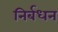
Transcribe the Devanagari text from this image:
निर्बधन